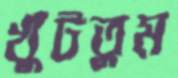
খুঁটতুম